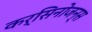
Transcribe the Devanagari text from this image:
कर्सिनोजन्स